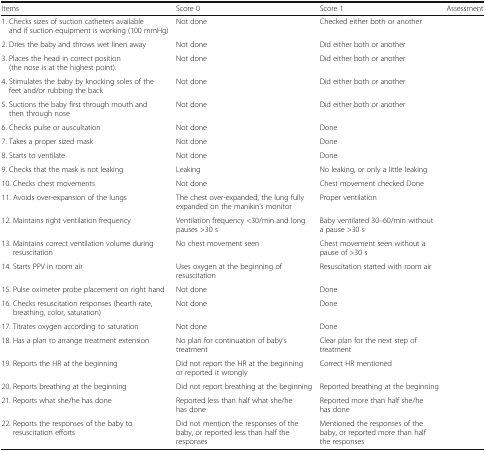
<table><thead><tr><td><b>Items</b></td><td><b>Score 0</b></td><td><b>Score 1</b></td><td><b>Assessment</b></td></tr></thead><tbody><tr><td>1. Checks sizes of suction catheters available and if suction equipment is working (100 mmHg)</td><td>Not done</td><td>Checked either both or another</td><td></td></tr><tr><td>2. Dries the baby and throws wet linen away</td><td>Not done</td><td>Did either both or another</td><td></td></tr><tr><td>3. Places the head in correct position (the nose is at the highest point).</td><td>Not done</td><td>Did either both or another</td><td></td></tr><tr><td>4. Stimulates the baby by knocking soles of the feet and/or rubbing the back</td><td>Not done</td><td>Did either both or another</td><td></td></tr><tr><td>5. Suctions the baby first through mouth and then through nose</td><td>Not done</td><td>Did either both or another</td><td></td></tr><tr><td>6. Checks pulse or auscultation</td><td>Not done</td><td>Done</td><td></td></tr><tr><td>7. Takes a proper sized mask</td><td>Not done</td><td>Done</td><td></td></tr><tr><td>8. Starts to ventilate</td><td>Not done</td><td>Done</td><td></td></tr><tr><td>9. Checks that the mask is not leaking</td><td>Leaking</td><td>No leaking, or only a little leaking</td><td></td></tr><tr><td>10. Checks chest movements</td><td>Not done</td><td>Chest movement checked Done</td><td></td></tr><tr><td>11. Avoids over-expansion of the lungs</td><td>The chest over-expanded, the lung fully expanded on the manikin’s monitor</td><td>Proper ventilation</td><td></td></tr><tr><td>12. Maintains right ventilation frequency</td><td>Ventilation frequency &lt;30/min and long pauses &gt;30 s</td><td>Baby ventilated 30–60/min without a pause &gt;30 s</td><td></td></tr><tr><td>13. Maintains correct ventilation volume during resuscitation</td><td>No chest movement seen</td><td>Chest movement seen without a pause of &gt;30 s</td><td></td></tr><tr><td>14. Starts PPV in room air</td><td>Uses oxygen at the beginning of resuscitation</td><td>Resuscitation started with room air</td><td></td></tr><tr><td>15. Pulse oximeter probe placement on right hand</td><td>Not done</td><td>Done</td><td></td></tr><tr><td>16. Checks resuscitation responses (hearth rate, breathing, color, saturation)</td><td>Not done</td><td>Done</td><td></td></tr><tr><td>17. Titrates oxygen according to saturation</td><td>Not done</td><td>Done</td><td></td></tr><tr><td>18. Has a plan to arrange treatment extension</td><td>No plan for continuation of baby’s treatment</td><td>Clear plan for the next step of treatment</td><td></td></tr><tr><td>19. Reports the HR at the beginning</td><td>Did not report the HR at the beginning or reported it wrongly</td><td>Correct HR mentioned</td><td></td></tr><tr><td>20. Reports breathing at the beginning</td><td>Did not report breathing at the beginning</td><td>Reported breathing at the beginning</td><td></td></tr><tr><td>21. Reports what she/he has done</td><td>Reported less than half what she/he has done</td><td>Reported more than half she/he has done</td><td></td></tr><tr><td>22. Reports the responses of the baby to resuscitation efforts</td><td>Did not mention the responses of the baby, or reported less than half the responses</td><td>Mentioned the responses of the baby, or reported more than half the responses</td><td></td></tr></tbody></table>